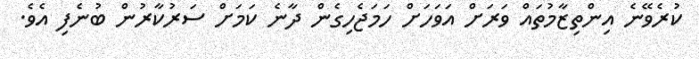
ކުރެވޭނެ އިންތިޒާމުތައް ވަރަށް އަވަހަށް ހަމަޖެހިގެން ދާނެ ކަމަށް ސަރުކާރުން ބުނެފި އެވެ.